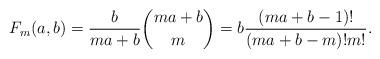
LaTeX: \begin{align*}F_m (a,b) &= \frac{b}{ma+b}\binom{ma+b}{m} = b\frac{(ma+b-1)! }{(ma+b-m)! m!}.\end{align*}